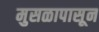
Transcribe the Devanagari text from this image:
मुसळापासून